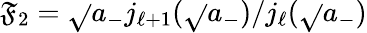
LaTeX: \mathfrak{F}_{2}=\sqrt{}{{a_{-}}}j_{\ell+1}(\sqrt{}{{a_{-}}})/j_{\ell}(\sqrt{}{{a_{-}}})